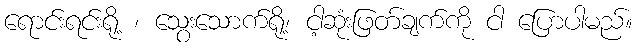
ရောင်းရင်းရို့ ၊ သွေးသောက်ရို့၊ ငါ့ဆုံးဖြတ်ချက်ကို ငါ ပြောပါမည်။